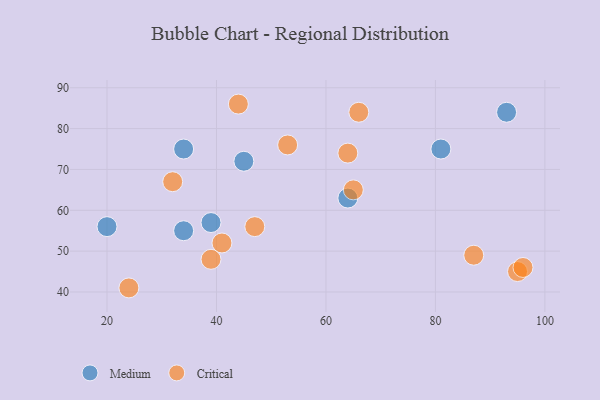
{"axis": {"x": "GDP", "y": "Life Expectancy"}, "legend": ["Critical", "Medium"], "data": [{"x": "45", "y": 72, "type": "Medium"}, {"x": "34", "y": 55, "type": "Medium"}, {"x": "39", "y": 57, "type": "Medium"}, {"x": "20", "y": 56, "type": "Medium"}, {"x": "34", "y": 75, "type": "Medium"}, {"x": "64", "y": 63, "type": "Medium"}, {"x": "93", "y": 84, "type": "Medium"}, {"x": "81", "y": 75, "type": "Medium"}, {"x": "64", "y": 74, "type": "Critical"}, {"x": "47", "y": 56, "type": "Critical"}, {"x": "44", "y": 86, "type": "Critical"}, {"x": "95", "y": 45, "type": "Critical"}, {"x": "65", "y": 65, "type": "Critical"}, {"x": "53", "y": 76, "type": "Critical"}, {"x": "66", "y": 84, "type": "Critical"}, {"x": "24", "y": 41, "type": "Critical"}, {"x": "32", "y": 67, "type": "Critical"}, {"x": "87", "y": 49, "type": "Critical"}, {"x": "96", "y": 46, "type": "Critical"}, {"x": "39", "y": 48, "type": "Critical"}, {"x": "41", "y": 52, "type": "Critical"}]}